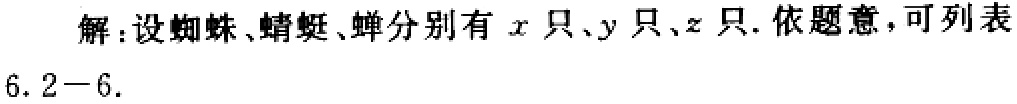
解：设蜘蛛、蜻蜓、蝉分别有\(x\)只、\(y\)只、\(z\)只. 依题意，可列表
6.2 - 6.